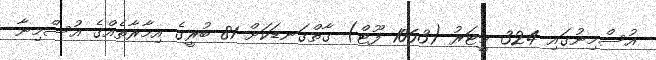
އުސްމިނުގައި 324 މީޓަރު (1063 ފޫޓް) ގާތްގަނޑަކަށް 81 ބުރީގެ އިމާރާތެއްގެ އުސްމިނާ